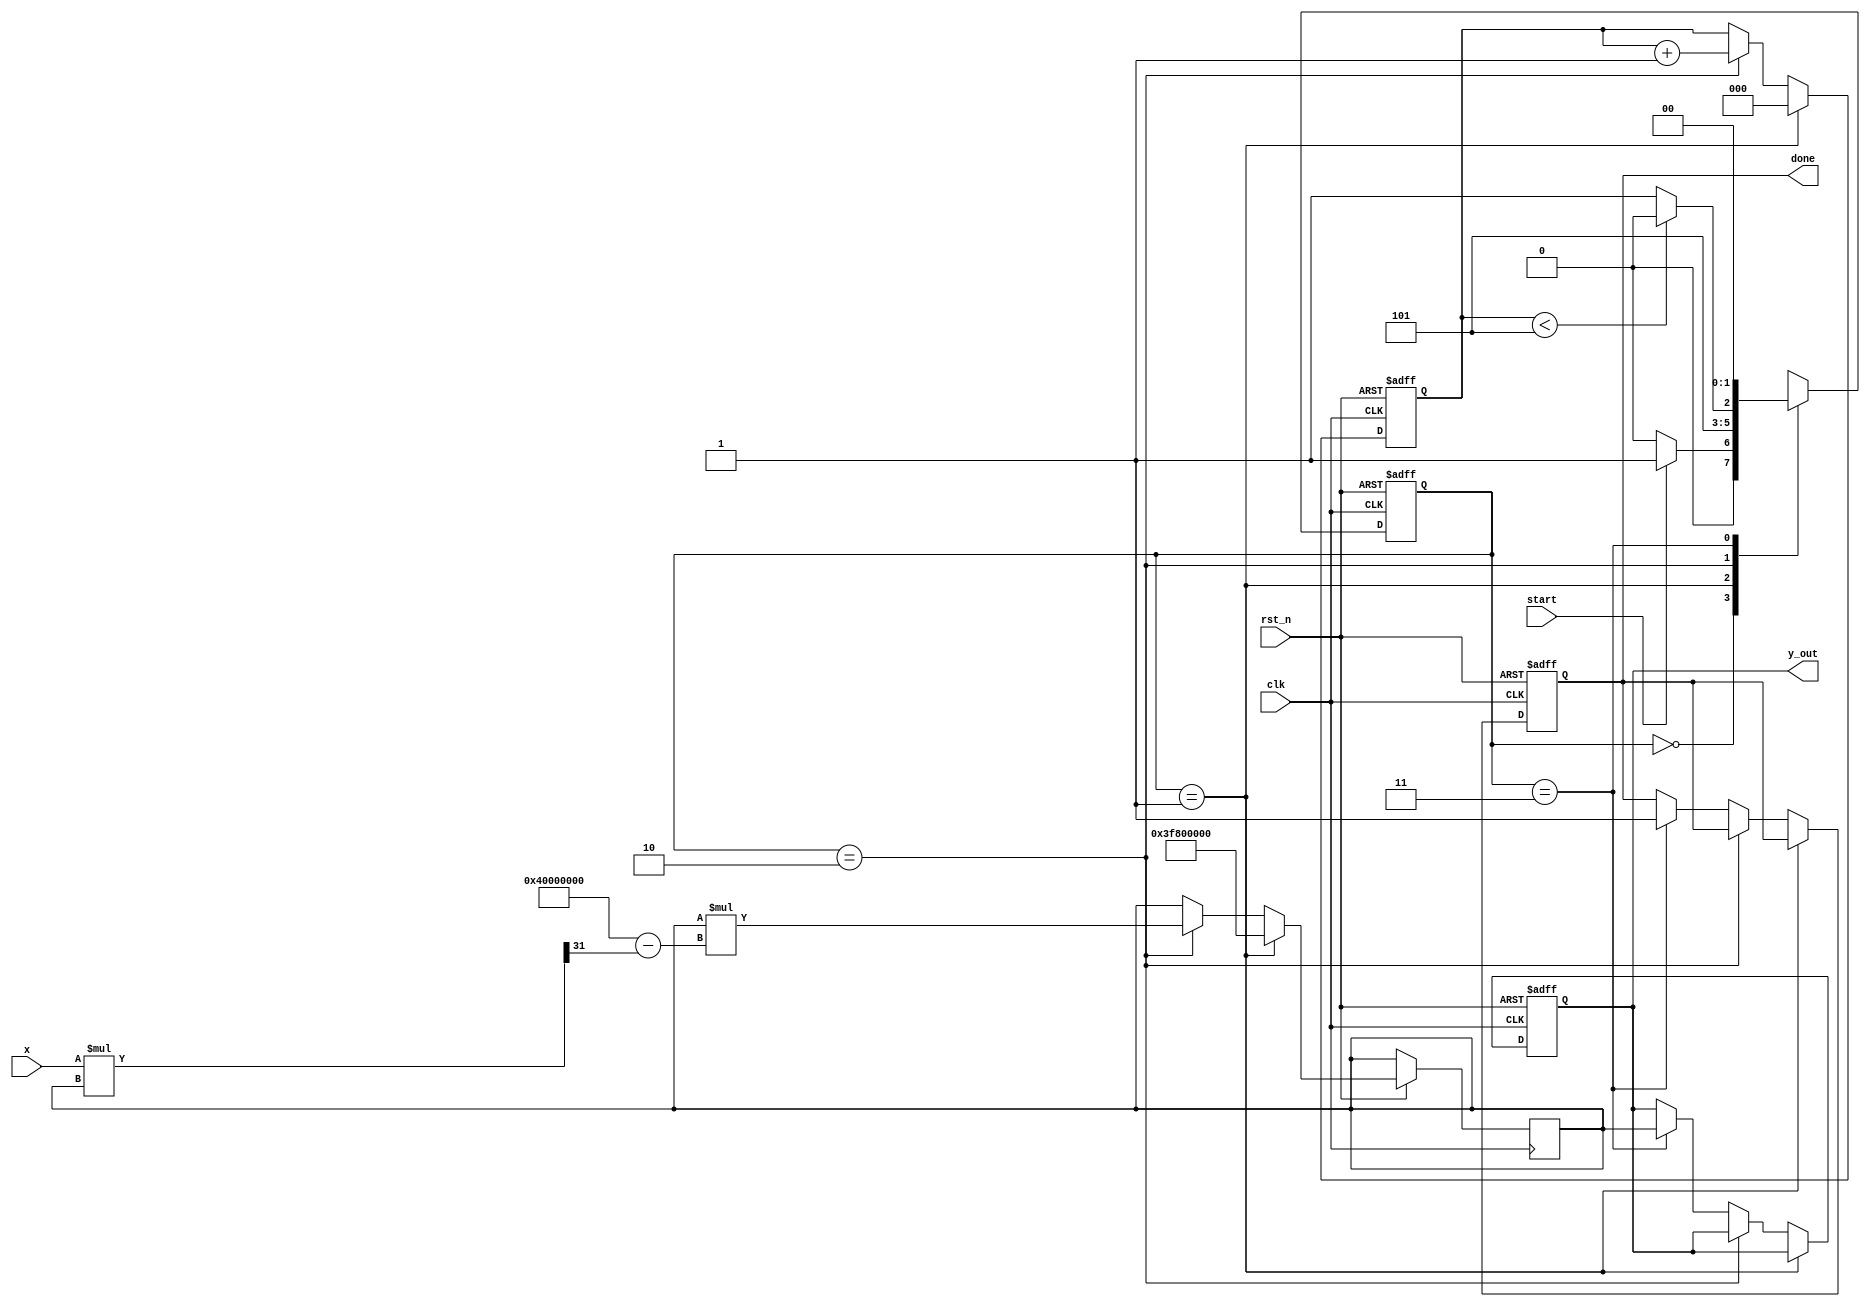
module newton_raphson_reciprocal (
    input wire clk,
    input wire rst_n,
    input wire [31:0] x,        // Input value for which reciprocal is to be calculated
    input wire start,           // Start signal for the computation
    output reg [31:0] y_out,    // Output reciprocal
    output reg done             // Done signal indicating completion
);

    reg [31:0] y;               // Current approximation of the reciprocal
    reg [2:0] iteration_count;  // Iteration counter
    reg [1:0] state;            // State variable
    reg [1:0] next_state;       // Next state variable

    localparam IDLE = 2'b00;
    localparam INIT = 2'b01;
    localparam ITERATE = 2'b10;
    localparam DONE = 2'b11;

    // Initial estimate for the reciprocal
    initial begin
        y = 32'h3F800000; // Initial guess for 1/x (for x in [1, 2))
        iteration_count = 0;
        done = 0;
    end

    // State machine for controlling the process
    always @(posedge clk or negedge rst_n) begin
        if (!rst_n) begin
            state <= IDLE;
            y_out <= 32'b0;
            done <= 0;
            iteration_count <= 0;
        end else begin
            state <= next_state;
            if (state == INIT) begin
                y <= 32'h3F800000; // Reset y to initial guess
                iteration_count <= 0;
            end else if (state == ITERATE) begin
                // Newton-Raphson iteration
                y <= y * (32'h40000000 - (x * y >> 31)); // y * (2 - x * y)
                iteration_count <= iteration_count + 1;
            end else if (state == DONE) begin
                y_out <= y; // Output the final result
                done <= 1;  // Signal that computation is done
            end
        end
    end

    // Next state logic
    always @(*) begin
        case (state)
            IDLE: begin
                if (start) begin
                    next_state = INIT;
                end else begin
                    next_state = IDLE;
                end
            end
            INIT: begin
                next_state = ITERATE;
            end
            ITERATE: begin
                if (iteration_count < 5) begin // Maximum of 5 iterations
                    next_state = ITERATE;
                end else begin
                    next_state = DONE;
                end
            end
            DONE: begin
                next_state = IDLE; // Reset to IDLE after done
            end
            default: next_state = IDLE;
        endcase
    end

endmodule